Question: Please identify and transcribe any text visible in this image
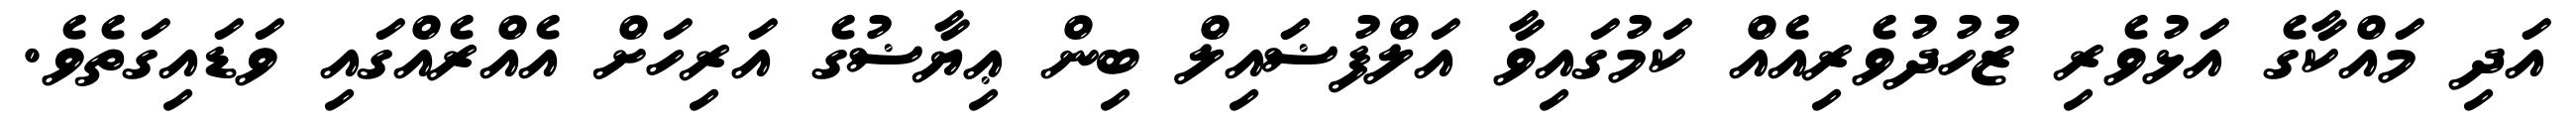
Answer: އަދި މައްކާގެ އަޅުވެރި ޒުހުދުވެރިއެއް ކަމުގައިވާ އަލްފުޟައިލް ބިން ޢިޔާޟުގެ އަރިހަށް އެއްރެއްގައި ވަޑައިގަތެވެ.